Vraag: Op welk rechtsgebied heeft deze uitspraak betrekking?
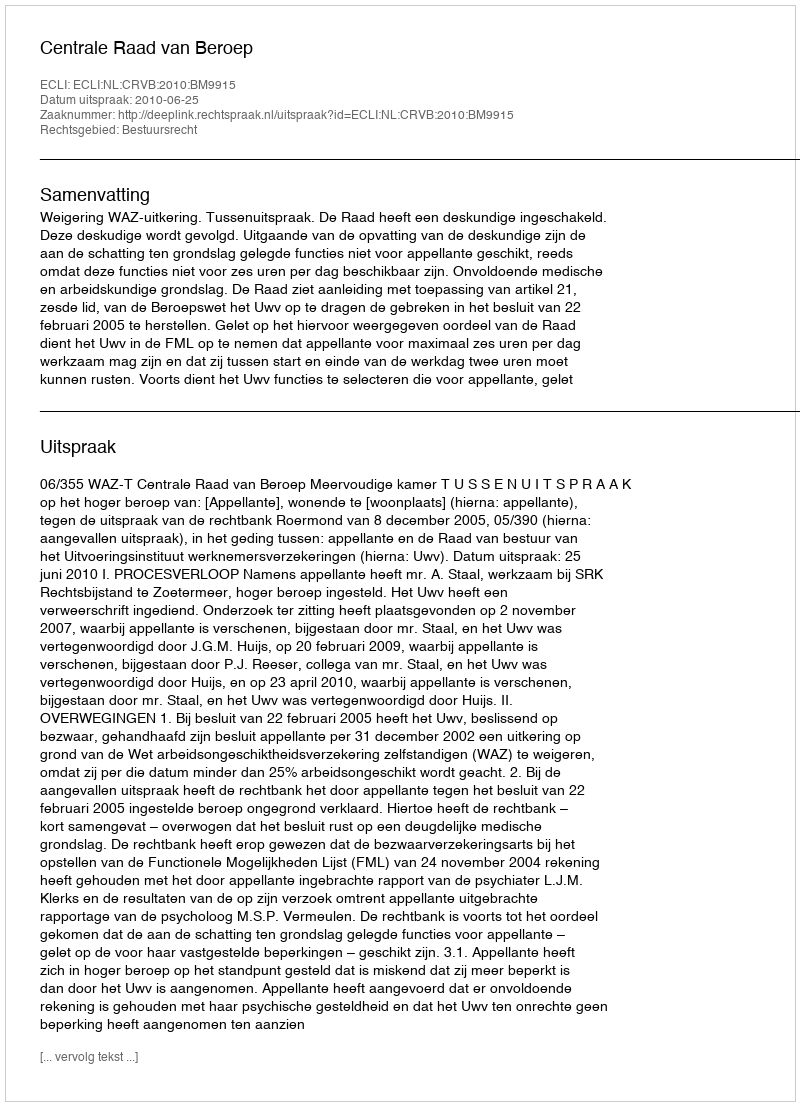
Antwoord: Bestuursrecht